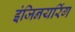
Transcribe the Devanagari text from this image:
इंजिनयरिंग